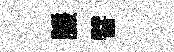
謙譬